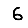
Digit: 6